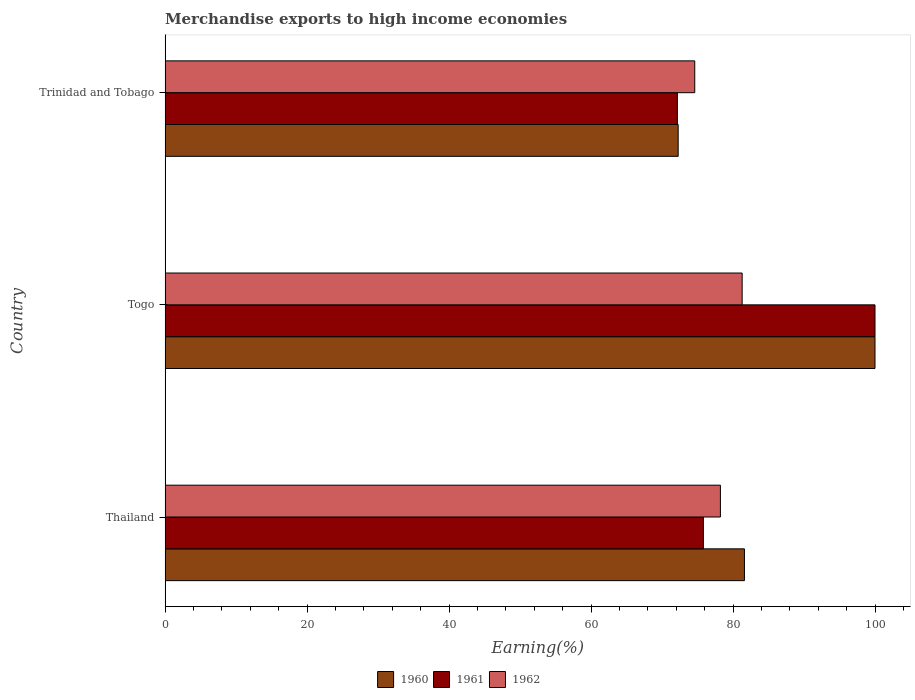
| Country | 1960 | 1961 | 1962 |
 | --- | --- | --- | --- |
 | Thailand | 81.6 | 75.8 | 78.2 |
 | Togo | 100 | 100 | 81.3 |
 | Trinidad and Tobago | 72.3 | 72.2 | 74.6 |